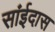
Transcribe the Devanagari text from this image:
सांईदास